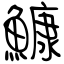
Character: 鱇